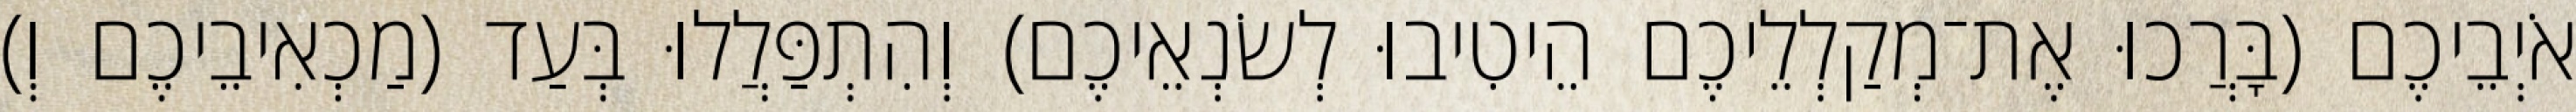
אֹיְבֵיכֶם (בָּרֲכוּ אֶת־מְקַלְלֵיכֶם הֵיטִיבוּ לְשׂנְאֵיכֶם) וְהִתְפַּלֲלוּ בְּעַד (מַכְאִיבֵיכֶם וְ)